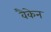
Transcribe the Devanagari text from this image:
वैकेन